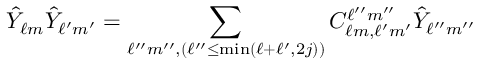
\hat { Y } _ { \ell m } \hat { Y } _ { \ell ^ { \prime } m ^ { \prime } } = \sum _ { \ell ^ { \prime \prime } m ^ { \prime \prime } , ( \ell ^ { \prime \prime } \leq \mathrm { m i n } ( \ell + \ell ^ { \prime } , 2 j ) ) } C _ { \ell m , \ell ^ { \prime } m ^ { \prime } } ^ { \ell ^ { \prime \prime } m ^ { \prime \prime } } \hat { Y } _ { \ell ^ { \prime \prime } m ^ { \prime \prime } }